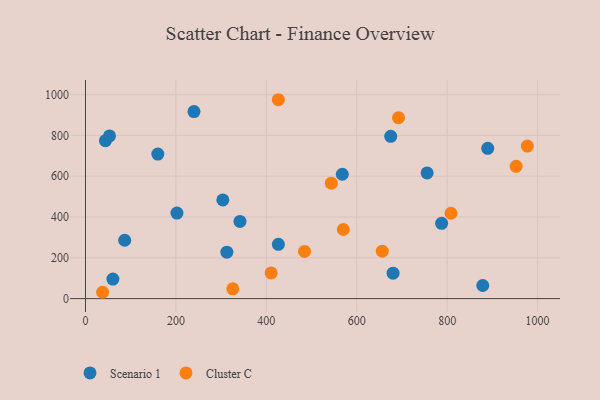
{"axis": {"x": "Study Hours", "y": "Profit"}, "legend": ["Cluster C", "Scenario 1"], "data": [{"x": "889.8", "y": 736.5, "type": "Scenario 1"}, {"x": "240.0", "y": 916.6, "type": "Scenario 1"}, {"x": "568.1", "y": 609.5, "type": "Scenario 1"}, {"x": "60.6", "y": 95.7, "type": "Scenario 1"}, {"x": "202.3", "y": 419.3, "type": "Scenario 1"}, {"x": "878.8", "y": 64.4, "type": "Scenario 1"}, {"x": "787.8", "y": 369.1, "type": "Scenario 1"}, {"x": "44.1", "y": 774.0, "type": "Scenario 1"}, {"x": "160.0", "y": 708.3, "type": "Scenario 1"}, {"x": "341.7", "y": 378.1, "type": "Scenario 1"}, {"x": "312.7", "y": 227.5, "type": "Scenario 1"}, {"x": "426.7", "y": 266.0, "type": "Scenario 1"}, {"x": "303.8", "y": 483.7, "type": "Scenario 1"}, {"x": "675.2", "y": 795.4, "type": "Scenario 1"}, {"x": "680.4", "y": 124.6, "type": "Scenario 1"}, {"x": "53.1", "y": 797.5, "type": "Scenario 1"}, {"x": "86.7", "y": 286.2, "type": "Scenario 1"}, {"x": "755.7", "y": 615.9, "type": "Scenario 1"}, {"x": "570.4", "y": 338.7, "type": "Cluster C"}, {"x": "952.6", "y": 648.2, "type": "Cluster C"}, {"x": "656.5", "y": 232.6, "type": "Cluster C"}, {"x": "977.5", "y": 747.7, "type": "Cluster C"}, {"x": "426.6", "y": 974.8, "type": "Cluster C"}, {"x": "37.9", "y": 31.1, "type": "Cluster C"}, {"x": "410.7", "y": 125.8, "type": "Cluster C"}, {"x": "325.8", "y": 48.1, "type": "Cluster C"}, {"x": "808.6", "y": 418.3, "type": "Cluster C"}, {"x": "543.9", "y": 565.7, "type": "Cluster C"}, {"x": "484.5", "y": 231.3, "type": "Cluster C"}, {"x": "692.5", "y": 887.0, "type": "Cluster C"}]}